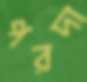
পরদা